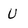
Character: U